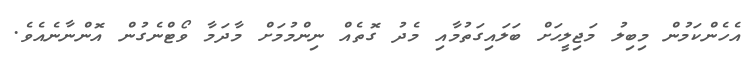
އެހެންކަމުން މިބިލު މަޖިލީހަށް ބަލައިގަތުމާއި މެދު ގޮތެއް ނިންމުމަށް މާދަމާ ވޯޓްނެގުން އޮންނާނެއެވެ.